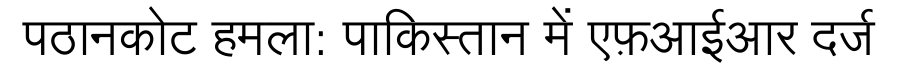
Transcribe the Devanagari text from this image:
पठानकोट हमला: पाकिस्तान में एफ़आईआर दर्ज